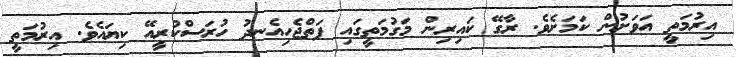
އިރުމަތީ އަވަށުން ކަމަށެވެ. ރާގޭ ކައިރިން މަގުމަތީގައި ފަތްޖެހިއެނދު ހުރަސްކުރީއޭ ކިޔައެވެ. އިރުމަތީ